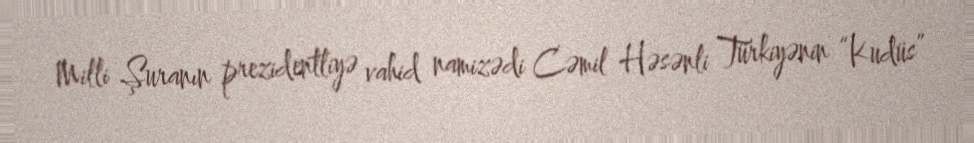
Milli Şuranın prezidentliyə vahid namizədi Cəmil Həsənli Türkiyənin “Kudüs”